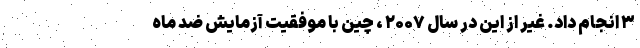
۳ انجام داد. غیر از این در سال ۲۰۰۷ ، چین با موفقیت آزمایش ضد ماه